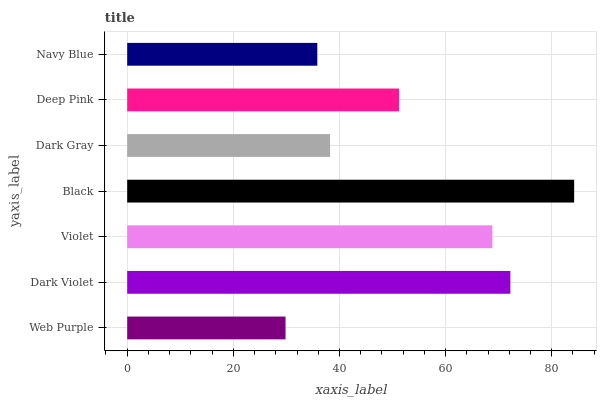
| yaxis_label | bars |
 | --- | --- |
 | Web Purple | 29.8 |
 | Dark Violet | 72.2 |
 | Violet | 68.8 |
 | Black | 84.2 |
 | Dark Gray | 38.2 |
 | Deep Pink | 51.2 |
 | Navy Blue | 35.8 |